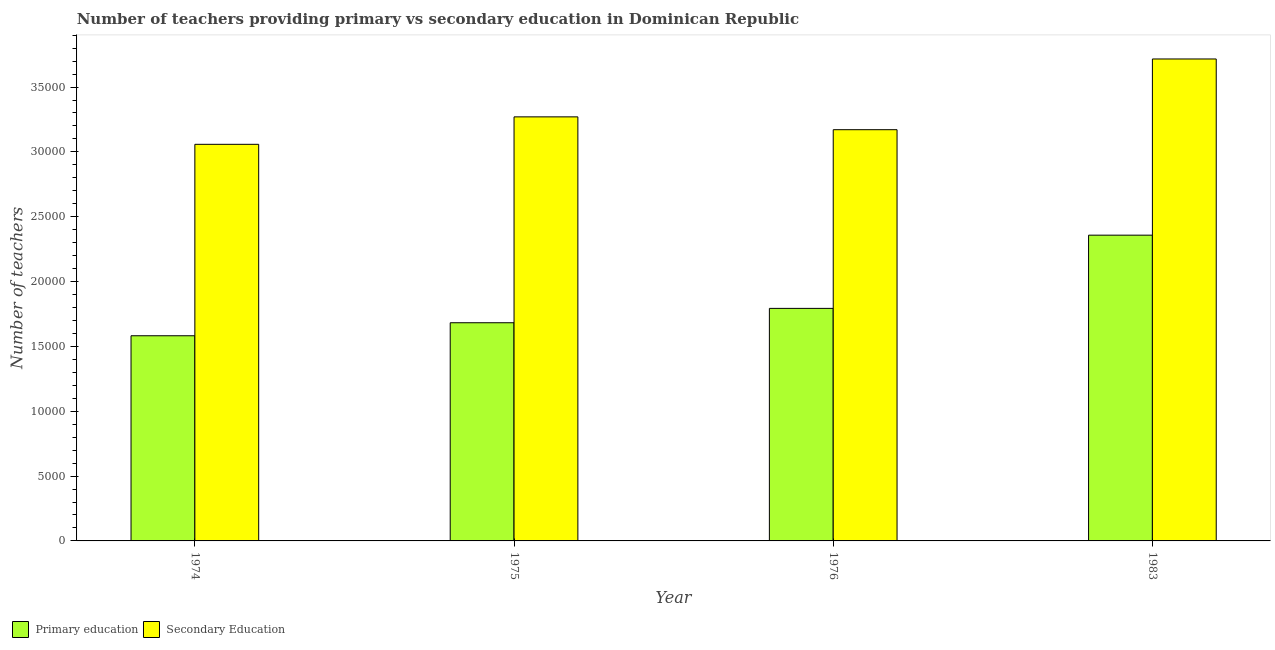
| Year | Primary education | Secondary Education |
 | --- | --- | --- |
 | 1974 | 1.58e+04 | 3.06e+04 |
 | 1975 | 1.68e+04 | 3.27e+04 |
 | 1976 | 1.79e+04 | 3.17e+04 |
 | 1983 | 2.36e+04 | 3.72e+04 |